Report of the King Institute of Preventive Medicine, Guindy
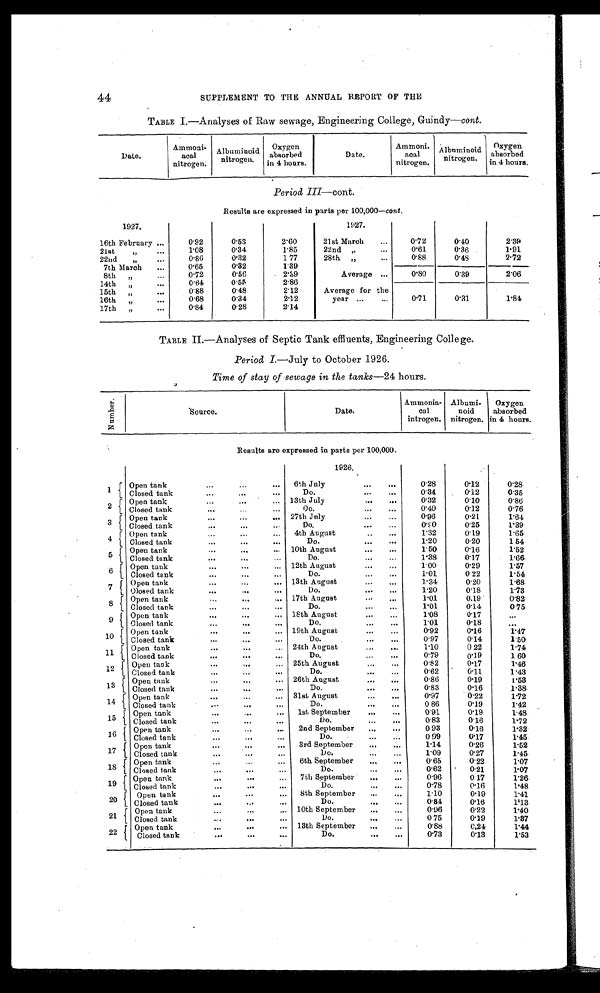
44
SUPPLEMENT TO THE ANNUAL REPORT OF THE
TABLE I.-Analyses of Raw sewage, Engineering College, Guindy-cont .
Date.
Ammoni-
acal
nitrogen.
Albuminoid nitrogen.
Oxygen
absorbed
in 4 hours.
Date.
Ammoni.
acal
nitrogen.
Albuminoid
nitrogen.
Oxygen
absorbed
in 4 hours.
Period III-cont.
Results are expressed in parts per 100,000- cont.
1927.
1927.
16th February ...
0.92
0.53
2.60
21st March
...
0.72
0.40
2.39
21st „
1.08
0.34
1.85
22nd ,,
0.61
0.36
1.91
. . .
22nd
„
...
0.86
0.32
177
28th „
...
0.88
0.48
2.72
7th March
...
0.65
0.32
1.89
...
8th
0.72
0'56
2.89
Average ...
0.80
0.89
2.06
14th „
...
0.64
0.55
2.86
15th „
...
0.88
0.48
2.12
Average for the
16th „
...
0.68
0.34
2.12
year ...
...
0.71
0.31
1.84
17th „
...
0.84
0.28
2.14
TABLE II.— Analyses of Septic Tank effluents, Engineering College.
Period L-July to October 1926.
Time of stay of sewage in the tank— 24 hours.
N u m B e r
Source.
Date.
Ammonia-
cal
introgen.
Albumi-
noid
nitrogen.
Oxygen
absorbed
in 4 hours.
Results are expressed in parts per 100,000.
1926,
1
Open tank
...
. . . ...
6th July
. . .
0.28
0.12
0.28
Closed tank
...
...
Do.
.
...
...
0.34
0.12
0.35
2
Open tank
...
...
... 13th July
...
...
0.32
0.10
0.86
C l o s e d t a n k
. . . .
Do.
...
...
0.40
0.12
0.76
3
Open tank
..
...
... 2 7 t h j u l y
'"
0.96
0.21
1.64
Closed tank
...
...
Do.
...
...
0.90
0 . 2 5
1 . 3 9
4 Open tank
...
...
...
4th August
..
. . .
1.32
0.19
1.65
Closed tank
...
...
...
Do.
...
. . .
1.20
0.20
1 54
5 Open tank
...
...
... 10th August
.
.
1.50
0.16
1.52
Closed tank
...
.... ...
Do.
... ...
1.38
0.17
1.66
6
Open tank
... ... 12th August
...
.
1.00
0.29
1.57
Closed tank
...
...
...
Do
...
...
1.01
0 22
1.54
7
Open tank
... ...
... 13th August
... ...
1.34
0.20
1.68
Closed tank
... ...
Do.
...
. . .
1.20
0.18
1.73
Open tank
...
,.. 17th August
...
...
1.01
0.19 .
0.82
8
Closed tank
. . . ...
Do.
...
...
1.01
0.3.4
0 75
9 Open tank
. . . ...
18th August
...
...
1 . 0 8
0.17
...
...
Closed tank
...
Do.
...
.
1 . 0 1
0 . 1 8
. . .
10
Open tank
... ...
... 19th August
...
...
0.92
0.16
1.47
Closed tank
...
...
...
Do.
...
. . .
0.97
014
1.50
1 1
Open tank
...
.. 24th August
.
...
1.10
0 22
1.74
d tank
.
.
...
Closed
Do.
...
. . .
0.79
0.19
1 60
12
Open tank
...
... 25th August
... ...
0.82
0.17
1.46
Closed tank
..
...
...
Do.
...
...
0.62
0.11
1.43
1 3 Open tank
.
...
... 26th August
... ...
0.86
0.19
l.53
Closed tank
...
...
...
Do.
...
•..
0.83
0.16
1.38
1
4
Open tank
. . . ...
...
31st August
. . . ...
0.97
0.22
1.72
.
Closed tank
. . . . .
Do.
... ...
0. 86
0.19
1.42
1 4 -
Open tank
...
... ...
1st September
...
...
0.91
0.19
1.48
Closed tank
...
-
...
Do.
0.83
0.16
1.72
1 7 Open tank
...
. . .
2nd September
... ...
0 93
0.16
1.32
d C l o s e d
t a n k
. . .
. . . osed
Do.
...
...
0 99
0.17
1.45
1 8 Open tank
...
3rd September
...
. . .
1.14
0.26
1.52
...
Closed
t a n k
Do.
...
.
1.09
0.27
1.45
17
Open tank
...
-
...
6th September
...
0.65
0.22
1.07
Closed tank
...
...
Do.
...
0.62
0. 21
1.07
19
Open tank
. . . ... ...
7th September
...
...
0.96
0.17
1.26
Closed tank
...
...
. . .
Do
. . . ...
0.78
0.16
1. 48
2 0 Open tank
.
8th September
.
...
1.10
0.19
1.41
Closed tank
... ...
...
Do.
...
...
0.84
0.16
l.13
21
Open tank
...
-
... 10th September
...
...
0.96
0.22
1.40
Closed tank
...I
...
Do.
... ...
0 75
0.19
1.87
2 2
Oplosed
tank
... .. 13th September
.
, ,
0.88
0.24
1.44
C l o s e d t g a n k
Do.
... ...
0.73
0.13
1.53